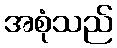
အစုံသည်